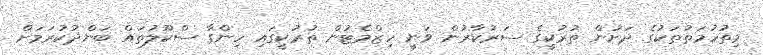
މިތުހުމަތުތަކުގެ ދަށުން ތުރުކީގެ ސަރުކާރުން ވަނީ ހިޒްމެޓުން ތުރުކީގައި ހިންގާ ސްކޫލުތައް ބަންދުކުރަމަށް